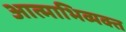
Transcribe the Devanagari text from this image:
आत्माभिव्यक्त